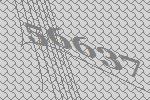
56637